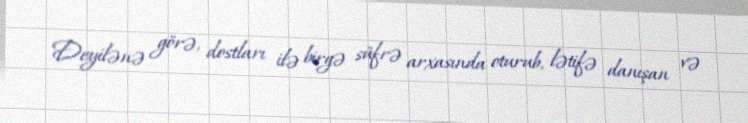
Deyilənə görə, dostları ilə birgə süfrə arxasında oturub, lətifə danışan və